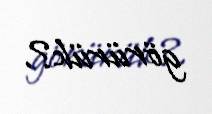
görürük?.